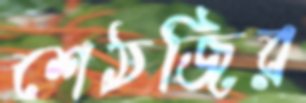
শেঠজির